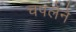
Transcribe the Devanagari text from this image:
चपलेने